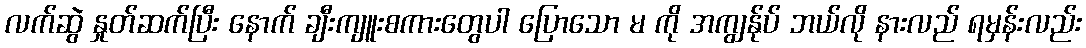
လက်ဆွဲ နှုတ်ဆက်ပြီး နောက် ချီးကျူးစကားတွေပါ ပြောသော မ ကို အကျွန်ုပ် ဘယ်လို နားလည် ရမှန်းလည်း